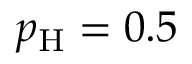
p _ { \mathrm { H } } = 0 . 5